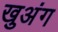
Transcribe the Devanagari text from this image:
खुअंग